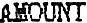
AMOUNT